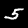
Digit: 5